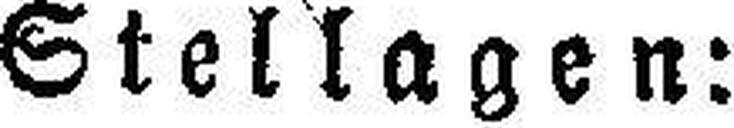
Stellagen: